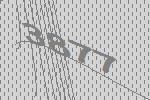
3877